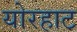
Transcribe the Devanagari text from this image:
योरहाट